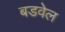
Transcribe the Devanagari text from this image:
बडवेल